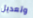
وتعديل